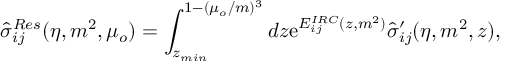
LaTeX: \hat { \sigma } _ { i j } ^ { R e s } ( \eta , m ^ { 2 } , \mu _ { o } ) = \int _ { z _ { m i n } } ^ { 1 - ( \mu _ { o } / m ) ^ { 3 } } d z \mathrm { e } ^ { E _ { i j } ^ { I R C } ( z , m ^ { 2 } ) } \hat { \sigma } _ { i j } ^ { \prime } ( \eta , m ^ { 2 } , z ) ,